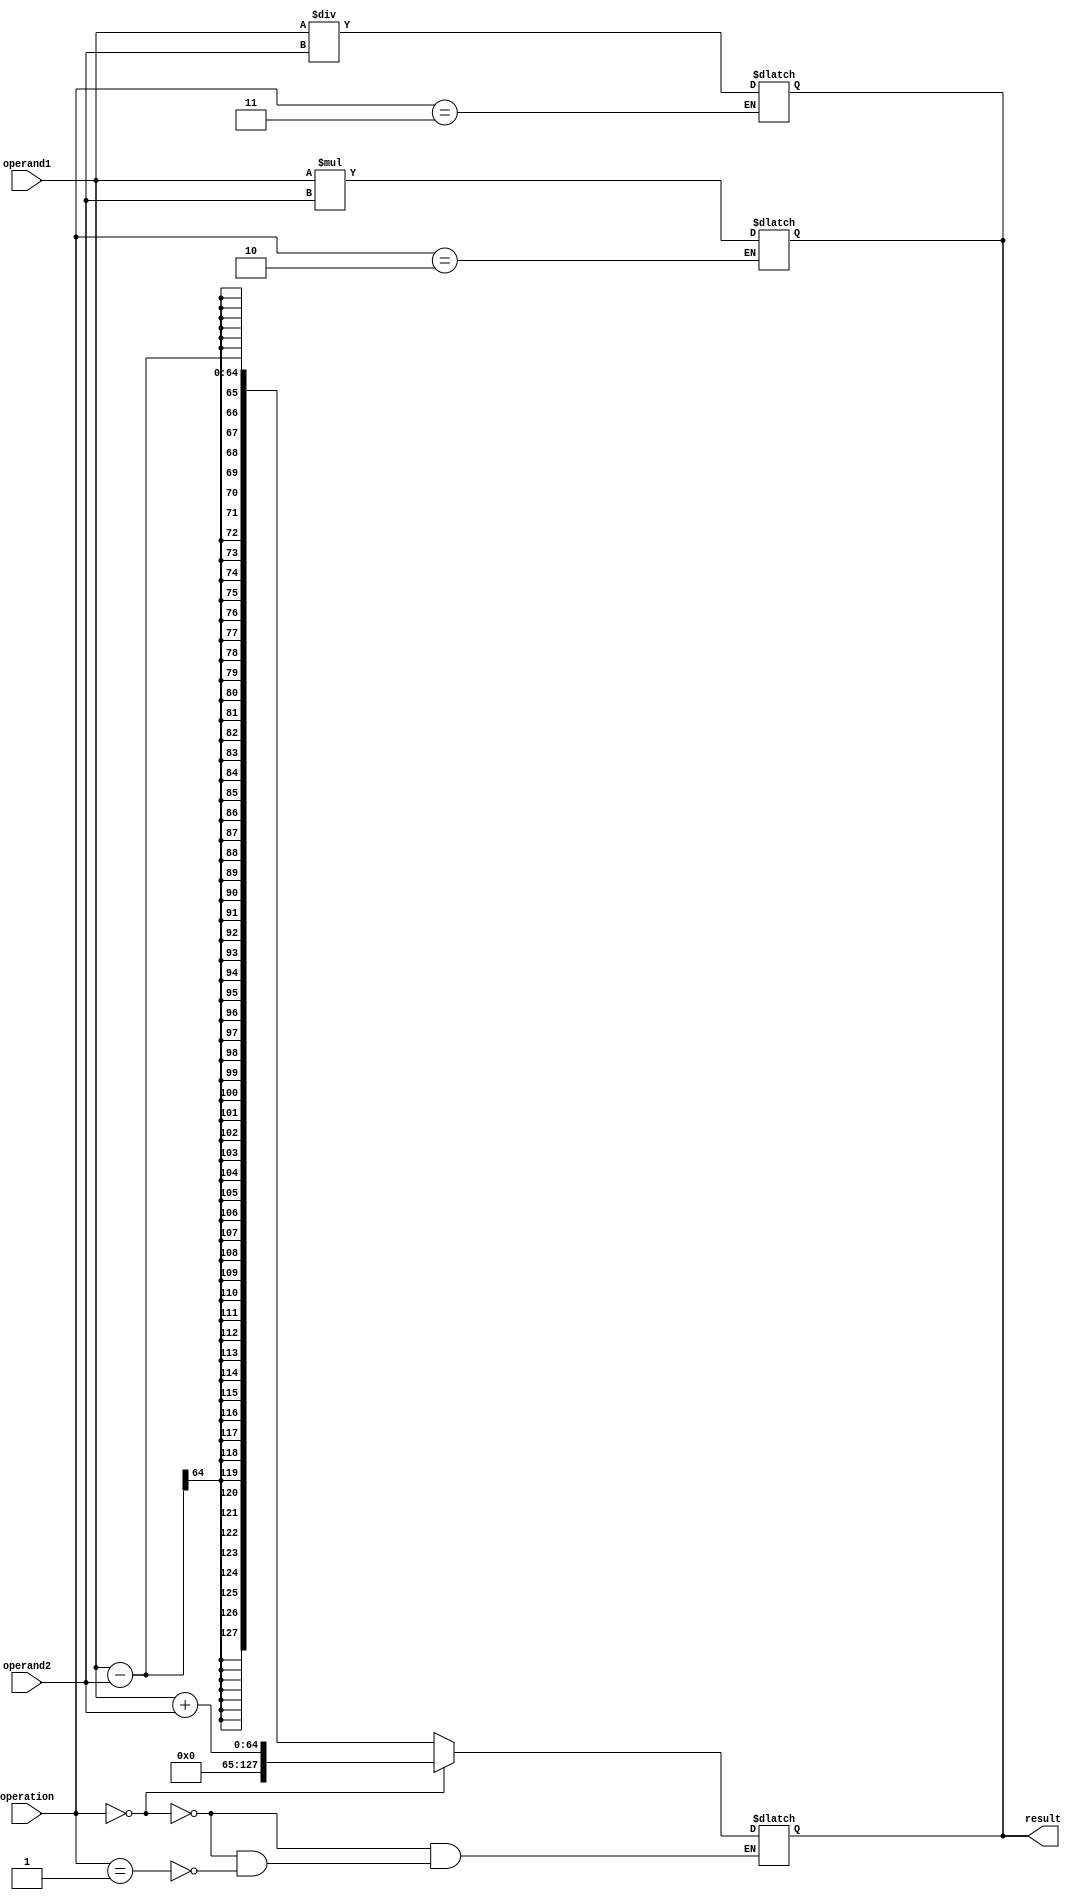
module extended_precision_float_unit (
    input wire [63:0] operand1,
    input wire [63:0] operand2,
    input wire [2:0] operation,
    output reg [127:0] result
);

// Adder block
always @ (*)
begin
    if (operation == 3'b000) begin // Addition
        result = operand1 + operand2;
    end else if (operation == 3'b001) begin // Subtraction
        result = operand1 - operand2;
    end
end

// Multiplier block
always @ (*)
begin
    if (operation == 3'b010) begin // Multiplication
        result = operand1 * operand2;
    end
end

// Divider block
always @ (*)
begin
    if (operation == 3'b011) begin // Division
        result = operand1 / operand2;
    end
end

// Error checking
// Rounding techniques
// Rounding modes support

endmodule